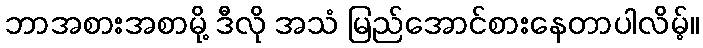
ဘာအစားအစာမို့ ဒီလို အသံ မြည်အောင်စားနေတာပါလိမ့်။